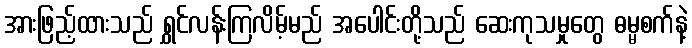
အားဖြည့်ထားသည် ရွှင်လန်းကြလိမ့်မည် အပေါင်းတို့သည် ဆေးကုသမှုတွေ ဓမ္မစက်နဲ့